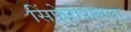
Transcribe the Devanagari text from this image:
सिंफेरोपोलला